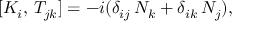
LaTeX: [ K _ { i } , \, T _ { j k } ] = - i ( \delta _ { i j } \, N _ { k } + \delta _ { i k } \, N _ { j } ) ,